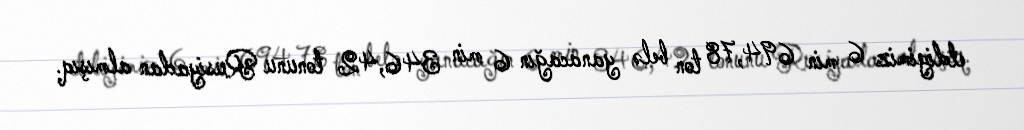
etdiyimiz 6 min 694,78 ton belə yanacağın 6 min 346,42 tonunu Rusiyadan almışıq.